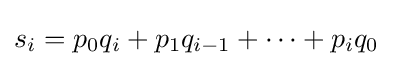
s_{i}=p_{0}q_{i}+p_{1}q_{i-1}+\cdots +p_{i}q_{0}